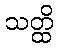
သတ္ထိ